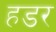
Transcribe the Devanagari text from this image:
हडर